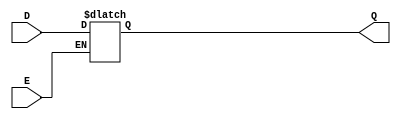
module asynchronous_gated_latch (
    input wire D,    // Data input
    input wire E,    // Enable signal
    output reg Q     // Output
);

always @(*) begin
    if (E) begin
        Q = D; // Capture the value of D when E is high
    end
    // When E is low, Q retains its previous value due to the reg type
end

endmodule